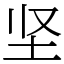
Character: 坚